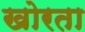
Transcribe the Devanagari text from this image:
खोरता